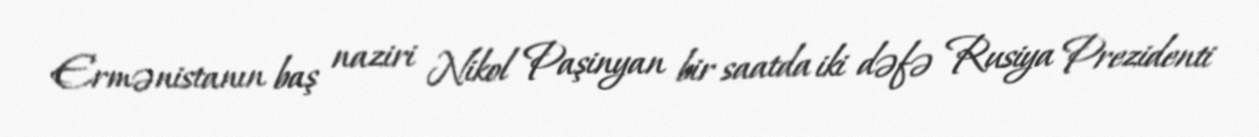
Ermənistanın baş naziri Nikol Paşinyan bir saatda iki dəfə Rusiya Prezidenti